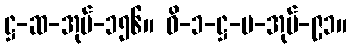
ဋ္ဌ-ဆ-အုပ်-၁၅၆။ ဝိ-၁-ဋ္ဌ-ပ-အုပ်-၉၁။